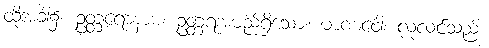
ထိုအခါ၌။ ဥတ္တရောနာမ၊ ဥတ္တရအမည်ရှိသော။ မာဏဝေါ၊ လုလင်သည်။